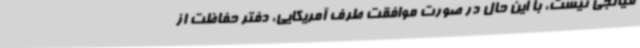
میانجی نیست، با این حال در صورت موافقت طرف آمریکایی، دفتر حفاظت از